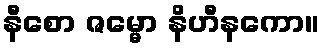
နီစော ဇမ္မော နိဟီနကော။